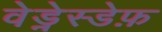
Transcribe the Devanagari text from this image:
वेड्नेस्डेफ़